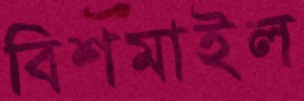
বিশমাইল